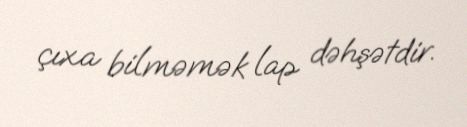
çıxa bilməmək lap dəhşətdir.